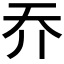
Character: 𡗤